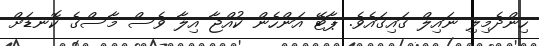
ހިންދެމިލި ނައިލް ގައިގައެވެ. ޕާޓޭ އަންހެން ކުއްޖާ އިލާ ވެސް މާސްގެ ކޮނޑަށް